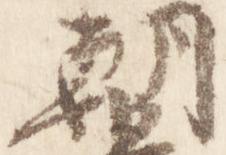
朝